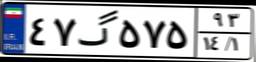
۵۰گ۸۵۳۰۰